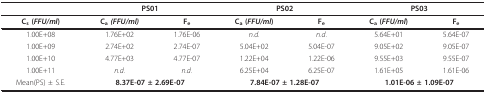
<table><thead><tr><td></td><td colspan="2"><b>PS01</b></td><td colspan="2"><b>PS02</b></td><td colspan="2"><b>PS03</b></td></tr></thead><tbody><tr><td><b>C<sub>s </sub>(<i>FFU/ml</i>)</b></td><td><b>C<sub>a </sub><i>(FFU/ml) </i></b></td><td><b>F</b><sub><b>e</b></sub></td><td><b>C<sub>a </sub>(<i>FFU/ml</i>)</b></td><td><b>F</b><sub><b>e</b></sub></td><td><b>C<sub>a </sub>(<i>FFU/ml</i>)</b></td><td><b>F</b><sub><b>e</b></sub></td></tr><tr><td>1.00E+08</td><td>1.76E+02</td><td>1.76E-06</td><td><i>n.d</i>.</td><td><i>n.d</i>.</td><td>5.64E+01</td><td>5.64E-07</td></tr><tr><td>1.00E+09</td><td>2.74E+02</td><td>2.74E-07</td><td>5.04E+02</td><td>5.04E-07</td><td>9.05E+02</td><td>9.05E-07</td></tr><tr><td>1.00E+10</td><td>4.77E+03</td><td>4.77E-07</td><td>1.22E+04</td><td>1.22E-06</td><td>9.55E+03</td><td>9.55E-07</td></tr><tr><td>1.00E+11</td><td><i>n.d</i>.</td><td><i>n.d</i>.</td><td>6.25E+04</td><td>6.25E-07</td><td>1.61E+05</td><td>1.61E-06</td></tr><tr><td>Mean(PS) ± S.E.</td><td colspan="2"><b>8.37E-07 ± 2.69E-07</b></td><td colspan="2"><b>7.84E-07 ± 1.28E-07</b></td><td colspan="2"><b>1.01E-06 ± 1.09E-07</b></td></tr></tbody></table>